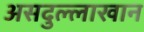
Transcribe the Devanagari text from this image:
असदुल्लाखान